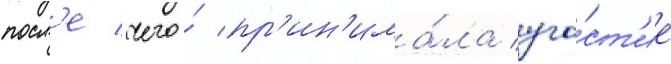
посл'е чего́ пр'ин'има́ла уча́ст'ие